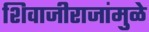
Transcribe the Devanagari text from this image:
शिवाजीराजांमुळे